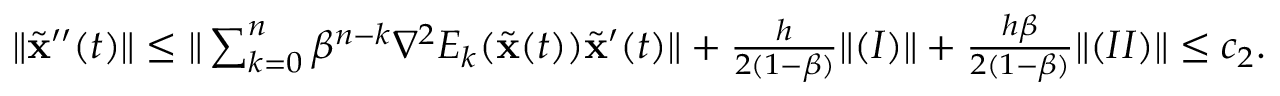
\begin{array} { r l } & { \| \widetilde \mathbf { x } ^ { \prime \prime } ( t ) \| \leq \| \sum _ { k = 0 } ^ { n } \beta ^ { n - k } \nabla ^ { 2 } E _ { k } ( \widetilde \mathbf { x } ( t ) ) \widetilde \mathbf { x } ^ { \prime } ( t ) \| + \frac { h } { 2 ( 1 - \beta ) } \| ( I ) \| + \frac { h \beta } { 2 ( 1 - \beta ) } \| ( I I ) \| \leq c _ { 2 } . } \end{array}